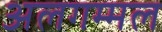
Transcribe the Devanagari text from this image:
अलगम्मल